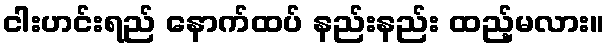
ငါးဟင်းရည် နောက်ထပ် နည်းနည်း ထည့်မလား။